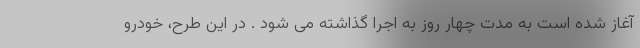
آغاز شده است به مدت چهار روز به اجرا گذاشته می شود . در این طرح، خودرو